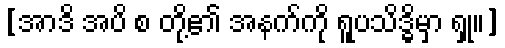
[အာဒိ အပိ စ တို့၏ အနက်ကို ရူပသိဒ္ဓိမှာ ရှု။]